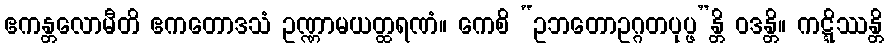
ဧကန္တလောမီတိ ဧကတောဒသံ ဥဏ္ဏာမယတ္ထရဏံ။ ကေစိ “ဥဘတောဥဂ္ဂတပုပ္ဖ”န္တိ ဝဒန္တိ။ ကဋ္ဋိဿန္တိ